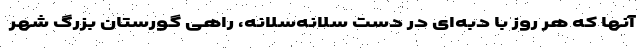
آنها که هر روز با دبه‌ای در دست سلانه‌سلانه، راهی گورستان بزرگ شهر